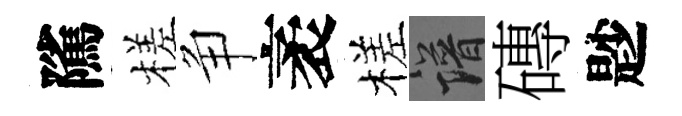
隲槎争袤槎譜磚尟